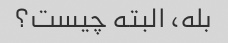
بله، البته چیست؟